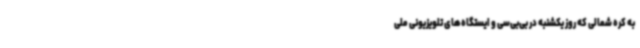
به کره شمالی که روز یکشنبه در بی‌بی‌سی و ایستگاه‌های تلویزیونی ملی